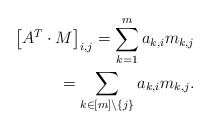
\begin{align*}\left[ A^T \cdot M \right]_{i,j} = \sum_{k=1}^m a_{k,i} m_{k,j} \\= \sum_{k\in [m]\backslash\{j\}} a_{k,i} m_{k,j}. \end{align*}